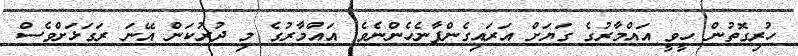
ހުރިގޮތުން ހީވީ އައްމާރުގެ ގަޔަށް އަރައިގެންފާނެހެންނެވެ. އައްމާރުގެ މި ދުރުކަން އޭނަ ރަގަޅަށްވެސް